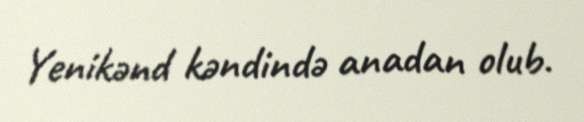
Yenikənd kəndində anadan olub.